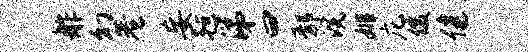
舴幻巷妄毡涕曰鄢浣姬庀俊健